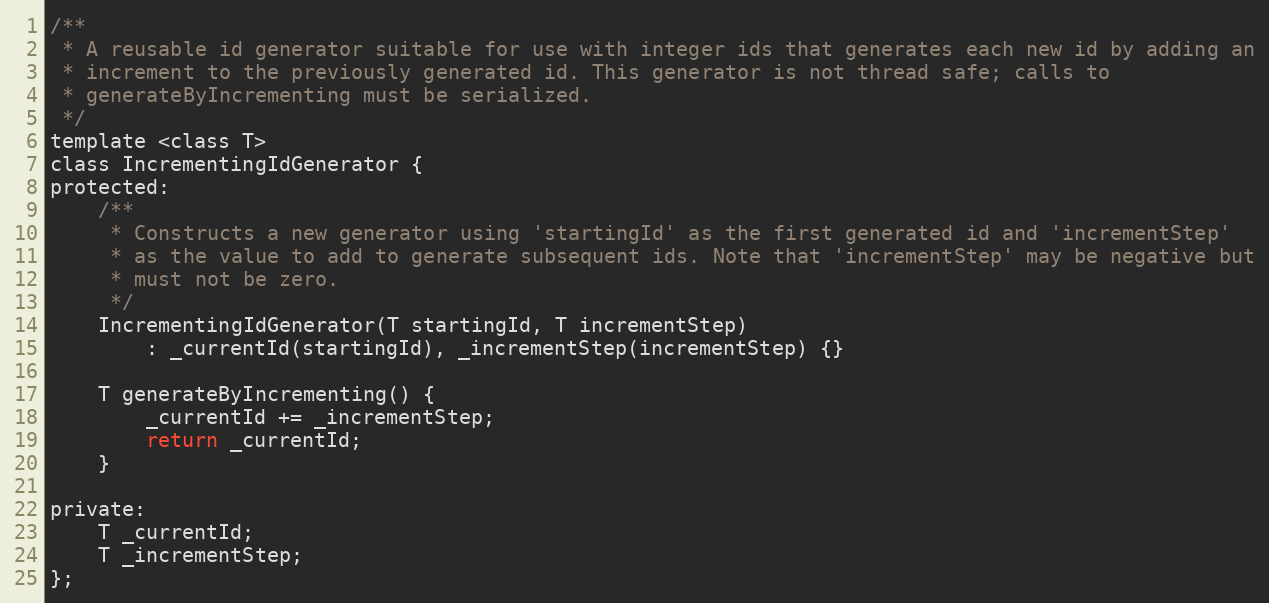
Language: C
/**
 * A reusable id generator suitable for use with integer ids that generates each new id by adding an
 * increment to the previously generated id. This generator is not thread safe; calls to
 * generateByIncrementing must be serialized.
 */
template <class T>
class IncrementingIdGenerator {
protected:
    /**
     * Constructs a new generator using 'startingId' as the first generated id and 'incrementStep'
     * as the value to add to generate subsequent ids. Note that 'incrementStep' may be negative but
     * must not be zero.
     */
    IncrementingIdGenerator(T startingId, T incrementStep)
        : _currentId(startingId), _incrementStep(incrementStep) {}

    T generateByIncrementing() {
        _currentId += _incrementStep;
        return _currentId;
    }

private:
    T _currentId;
    T _incrementStep;
};